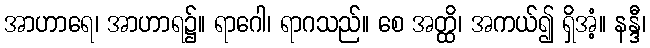
အာဟာရေ၊ အာဟာရ၌။ ရာဂေါ၊ ရာဂသည်။ စေ အတ္ထိ၊ အကယ်၍ ရှိအံ့။ နန္ဒီ၊